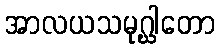
အာလယသမုဂ္ဃါတော